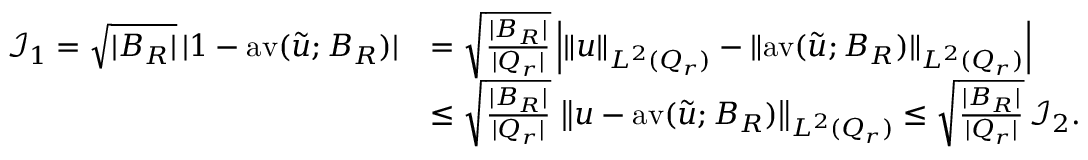
\begin{array} { r l } { \mathcal { I } _ { 1 } = \sqrt { | B _ { R } | } \, | 1 - \mathrm { a v } ( \widetilde u ; B _ { R } ) | } & { = \sqrt { \frac { | B _ { R } | } { | Q _ { r } | } } \, \Big | \| u \| _ { L ^ { 2 } ( Q _ { r } ) } - \| \mathrm { a v } ( \widetilde u ; B _ { R } ) \| _ { L ^ { 2 } ( Q _ { r } ) } \Big | } \\ & { \le \sqrt { \frac { | B _ { R } | } { | Q _ { r } | } } \, \left\| u - \mathrm { a v } ( \widetilde u ; B _ { R } ) \right\| _ { L ^ { 2 } ( Q _ { r } ) } \le \sqrt { \frac { | B _ { R } | } { | Q _ { r } | } } \, \mathcal { I } _ { 2 } . } \end{array}